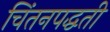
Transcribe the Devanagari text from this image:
चिंतनपद्धती